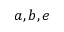
a , b , e